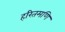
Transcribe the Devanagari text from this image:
हरितमणि